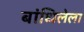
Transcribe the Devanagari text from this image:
बांधिलेला